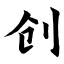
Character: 创